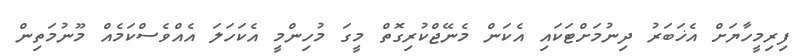
ފިރިމީހާޔަށް އެޚަބަރު ދިނުމަށްޓަކައި އެކަން މެނޭޖްކުރިގޮތް މީގަ މުހިންމީ އެކަހަލަ އެއްވެސްކަމެއް މޫނުމަތިން